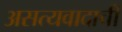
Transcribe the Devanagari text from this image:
असत्यवादाची